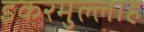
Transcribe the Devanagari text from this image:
इकरमुल्लाह